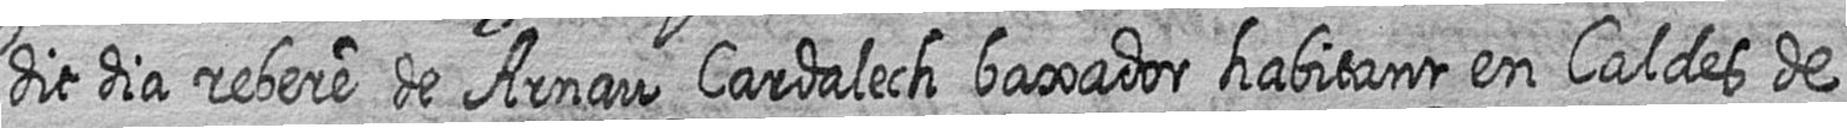
dit dia rebere de Arnau Cardalech baxador habitant en Caldes de